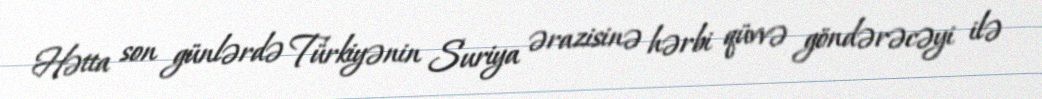
Hətta son günlərdə Türkiyənin Suriya ərazisinə hərbi qüvvə göndərəcəyi ilə